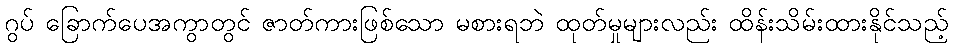
ဂွပ် ခြောက်ပေအကွာတွင် ဇာတ်ကားဖြစ်သော မစားရဘဲ ထုတ်မှုများလည်း ထိန်းသိမ်းထားနိုင်သည့်